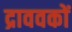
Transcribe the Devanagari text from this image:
द्राववकों